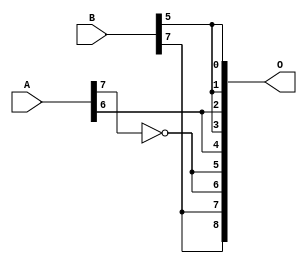
/***
* This code is a part of EvoApproxLib library (ehw.fit.vutbr.cz/approxlib) distributed under The MIT License.
* When used, please cite the following article(s): V. Mrazek, L. Sekanina, Z. Vasicek "Libraries of Approximate Circuits: Automated Design and Application in CNN Accelerators" IEEE Journal on Emerging and Selected Topics in Circuits and Systems, Vol 10, No 4, 2020 
* This file contains a circuit from a sub-set of pareto optimal circuits with respect to the pwr and mre parameters
***/
// MAE% = 15.35 %
// MAE = 39 
// WCE% = 50.00 %
// WCE = 128 
// WCRE% = 9500.00 %
// EP% = 99.22 %
// MRE% = 100.10 %
// MSE = 2301 
// PDK45_PWR = 0.000065 mW
// PDK45_AREA = 1.4 um2
// PDK45_DELAY = 0.01 ns

module add8se_90X (
    A,
    B,
    O
);

input [7:0] A;
input [7:0] B;
output [8:0] O;

wire sig_30;

assign sig_30 = ~A[7];

assign O[8] = B[7];
assign O[7] = B[7];
assign O[6] = sig_30;
assign O[5] = sig_30;
assign O[4] = A[6];
assign O[3] = B[5];
assign O[2] = A[6];
assign O[1] = B[5];
assign O[0] = B[5];

endmodule